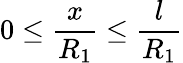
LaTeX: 0\leq\frac{x}{R_{1}}\leq\frac{l}{R_{1}}